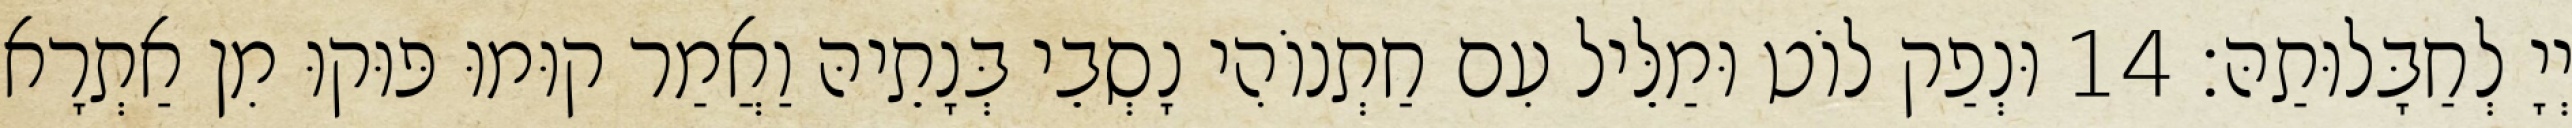
יְיָ לְחַבָּלוּתַהּ׃ 14 וּנְפַק לוֹט וּמַלֵּיל עִם חַתְנוֹהִי נָסְבֵי בְּנָתֵיהּ וַאֲמַר קוּמוּ פּוּקוּ מִן אַתְרָא